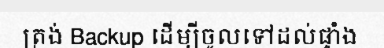
ត្រង់ Backup ដើម្បីចូលទៅដល់ផ្ទាំង